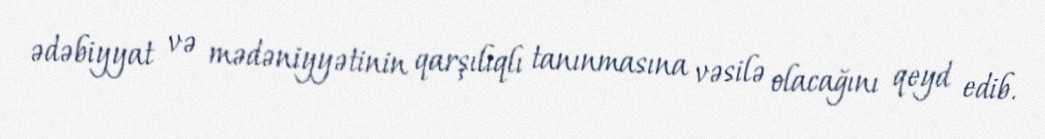
ədəbiyyat və mədəniyyətinin qarşılıqlı tanınmasına vəsilə olacağını qeyd edib.